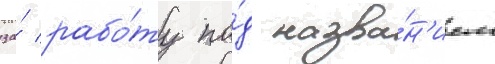
за́ рабо́ту по́д назва́н'ием